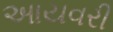
આયવરી